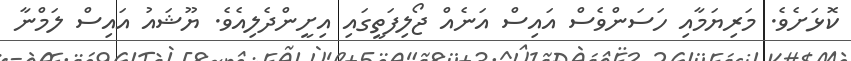
ކޮޅަށެވެ. މަރިޔަމާއި ހަސަންވެސް އައިސް އަނެއް ޖޯލިފަތީގައި އިށީންދެލިއެވެ. ޔޫޝައު އައިސް ލަމްނާ